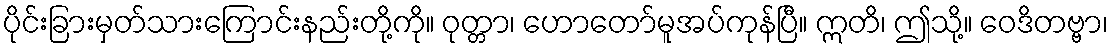
ပိုင်းခြားမှတ်သားကြောင်းနည်းတို့ကို။ ဝုတ္တာ၊ ဟောတော်မူအပ်ကုန်ပြီ။ ဣတိ၊ ဤသို့။ ဝေဒိတဗ္ဗာ၊